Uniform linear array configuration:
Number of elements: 24
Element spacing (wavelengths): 1
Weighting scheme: kaiser
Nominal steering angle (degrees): -45
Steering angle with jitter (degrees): -44.391
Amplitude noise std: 0.05
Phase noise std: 0.05

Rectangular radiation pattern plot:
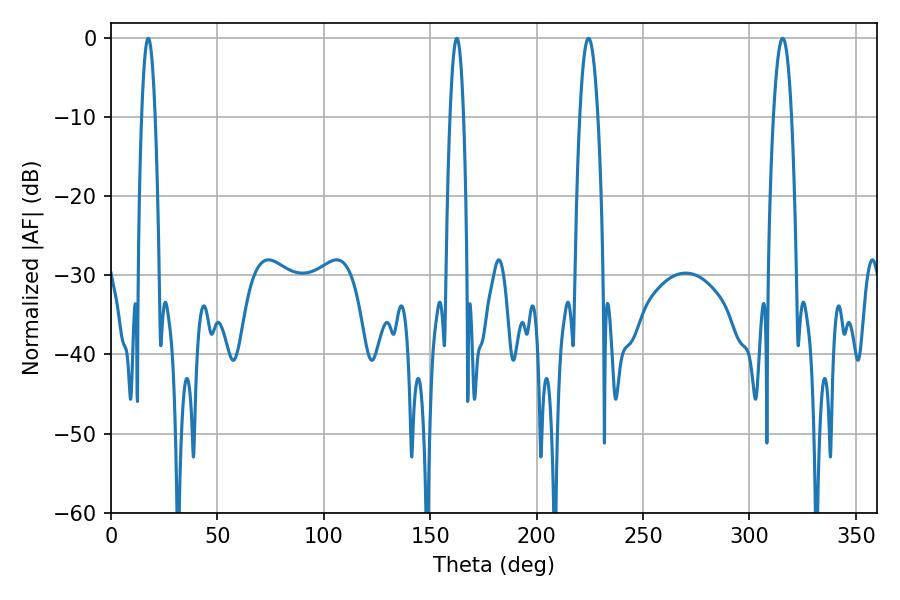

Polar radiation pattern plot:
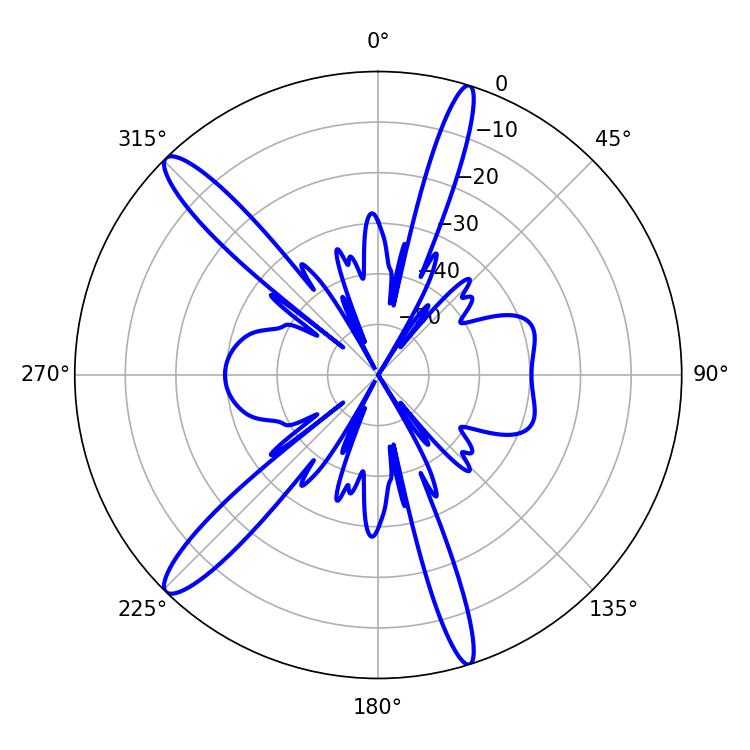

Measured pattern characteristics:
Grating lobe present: TRUE
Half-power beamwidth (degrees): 3.42
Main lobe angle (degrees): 17.46